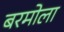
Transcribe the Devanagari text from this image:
बरमोला